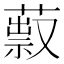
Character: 䔴